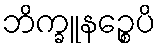
ဘိက္ခူနဉ္စေပိ